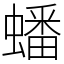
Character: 蟠